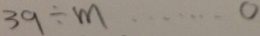
3 9 \div m \cdots 0